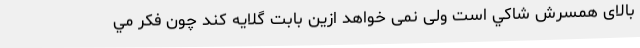
بالاى همسرش شاكي است ولى نمى خواهد ازين بابت گلايه كند چون فكر مي